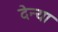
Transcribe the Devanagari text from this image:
देन्या